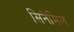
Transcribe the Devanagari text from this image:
सिनेमिल